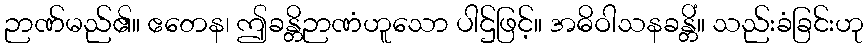
ဉာဏ်မည်၏။ ဧတေန၊ ဤခန္တိဉာဏံဟူသော ပါဌ်ဖြင့်။ အဓိဝါသနခန္တိံ။ သည်းခံခြင်းဟု